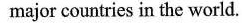
major countries in the world.